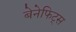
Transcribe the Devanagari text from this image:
बेनेफिट्स